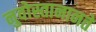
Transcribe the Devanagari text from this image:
नुवोस्तानानते